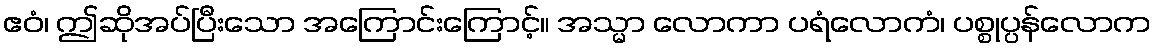
ဧဝံ၊ ဤဆိုအပ်ပြီးသော အကြောင်းကြောင့်။ အသ္မာ လောကာ ပရံလောကံ၊ ပစ္စုပ္ပန်လောက